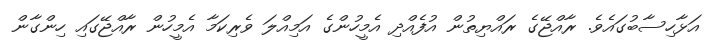
އަޅާހިސާބުގައެވެ. ރާއްޖޭގެ ރައްޔިތުން އުފެއްދި އެމީހުންގެ އަމިއްލަ ވެރިކަމާ އެމީހުން ރާއްޖޭގައި ހިންގާން